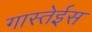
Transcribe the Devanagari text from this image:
गास्तेईस